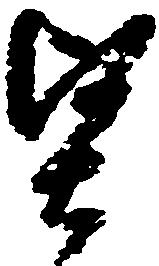
堅